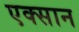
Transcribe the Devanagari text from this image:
एक्सान